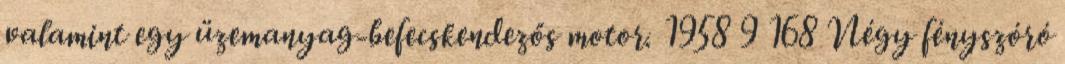
valamint egy üzemanyag-befecskendezős motor. 1958 9 168 Négy fényszóró